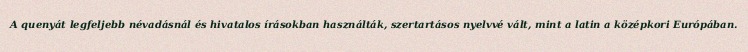
A quenyát legfeljebb névadásnál és hivatalos írásokban használták, szertartásos nyelvvé vált, mint a latin a középkori Európában.